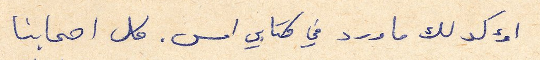
اؤكد لك ما ورد في كتابي امس. كل اصحابنا